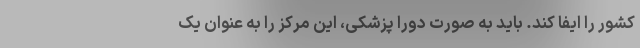
کشور را ایفا کند. باید به صورت دورا پزشکی، این مرکز را به عنوان یک